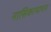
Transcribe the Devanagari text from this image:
नासिकामापन